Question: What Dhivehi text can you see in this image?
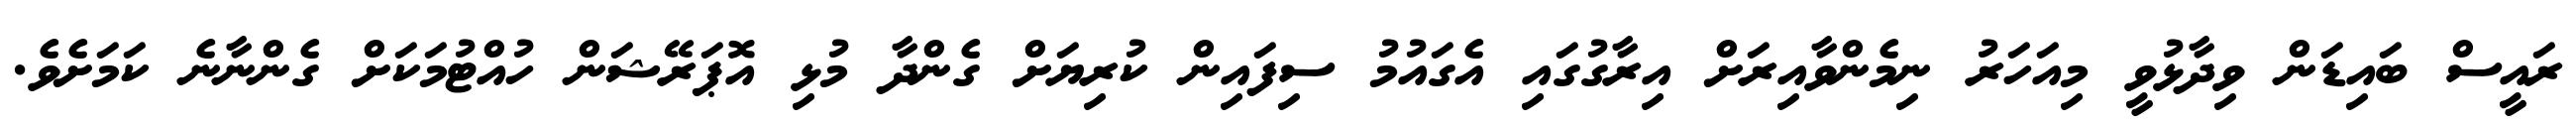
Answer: ރައީސް ބައިޑަން ވިދާޅުވީ މިއަހަރު ނިމެންވާއިރަށް އިރާގުގައި އެގައުމު ސިފައިން ކުރިޔަށް ގެންދާ މުޅި އޮޕަރޭޝަން ހުއްޓުމަކަށް ގެންނާނެ ކަމަށެވެ.